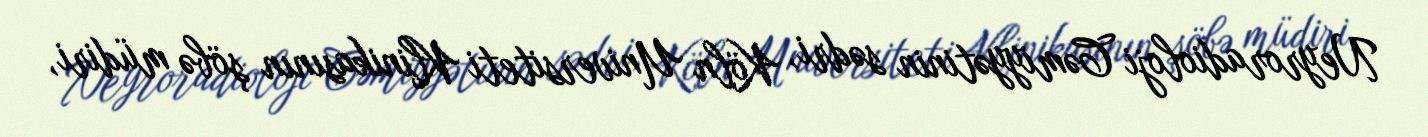
Neyroradioloji Cəmiyyətinin sədri, Köln Universiteti Klinikasının şöbə müdiri,